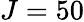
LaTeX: J=50